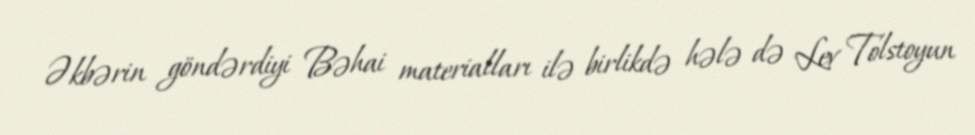
Əkbərin göndərdiyi Bəhai materialları ilə birlikdə hələ də Lev Tolstoyun